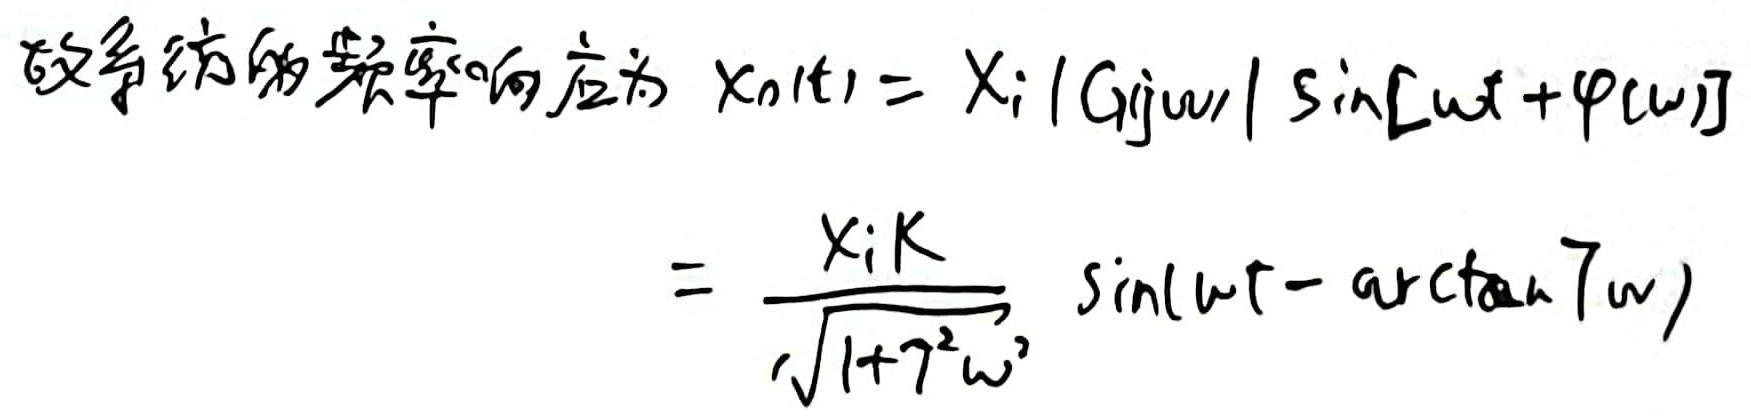
故系统的频率响应为 $x_{n}(t)=X_{i}|G(j\omega)|\sin[\omega t+\varphi(\omega)]$
\[
=\frac{X_{i}K}{\sqrt{1 + \tau^{2}\omega^{2}}}\sin(\omega t - \arctan \tau\omega)
\]